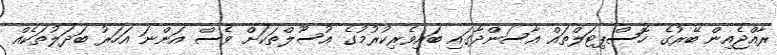
ރާއްޖެއިން ބޭރުގެ ހޮސްޕިޓަލްތައް އާސަންދާގައި ބައިވެރިކުރުމުގެ އުސޫލްތަކަށް ވެސް އަންނަ އަހަރު ބަދަލުތަކެއް